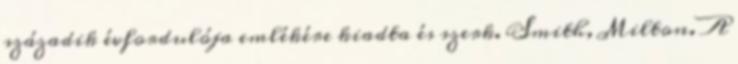
századik évfordulója emlékére kiadta és szerk. Smith, Milton. A